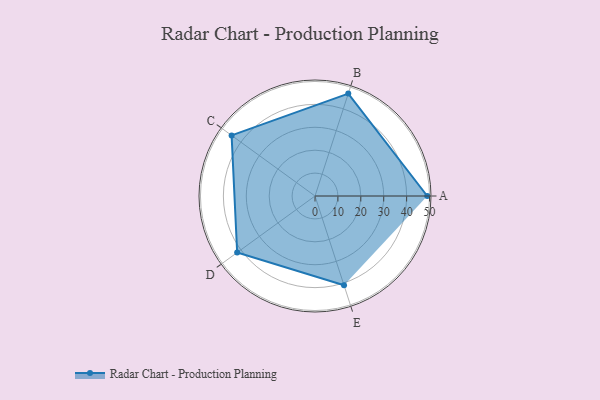
{"axis": {"x": "Skill", "y": "Score"}, "legend": ["Profile"], "data": [{"x": "A", "y": 49.0, "type": "Profile"}, {"x": "B", "y": 47.0, "type": "Profile"}, {"x": "C", "y": 45.0, "type": "Profile"}, {"x": "D", "y": 42.0, "type": "Profile"}, {"x": "E", "y": 41.0, "type": "Profile"}]}